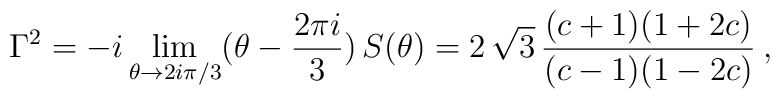
\Gamma^2 = -i \lim_{\theta\rightarrow 2 i \pi/3}(\theta - \frac{2 \pi i}{3})\,S(\theta) = 2 \,\sqrt{3}\, \frac{(c+1)(1+2c)}{(c-1)(1-2c)}\:,